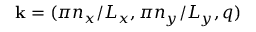
\mathbf { k } = ( \pi n _ { x } / L _ { x } , \pi n _ { y } / L _ { y } , q )